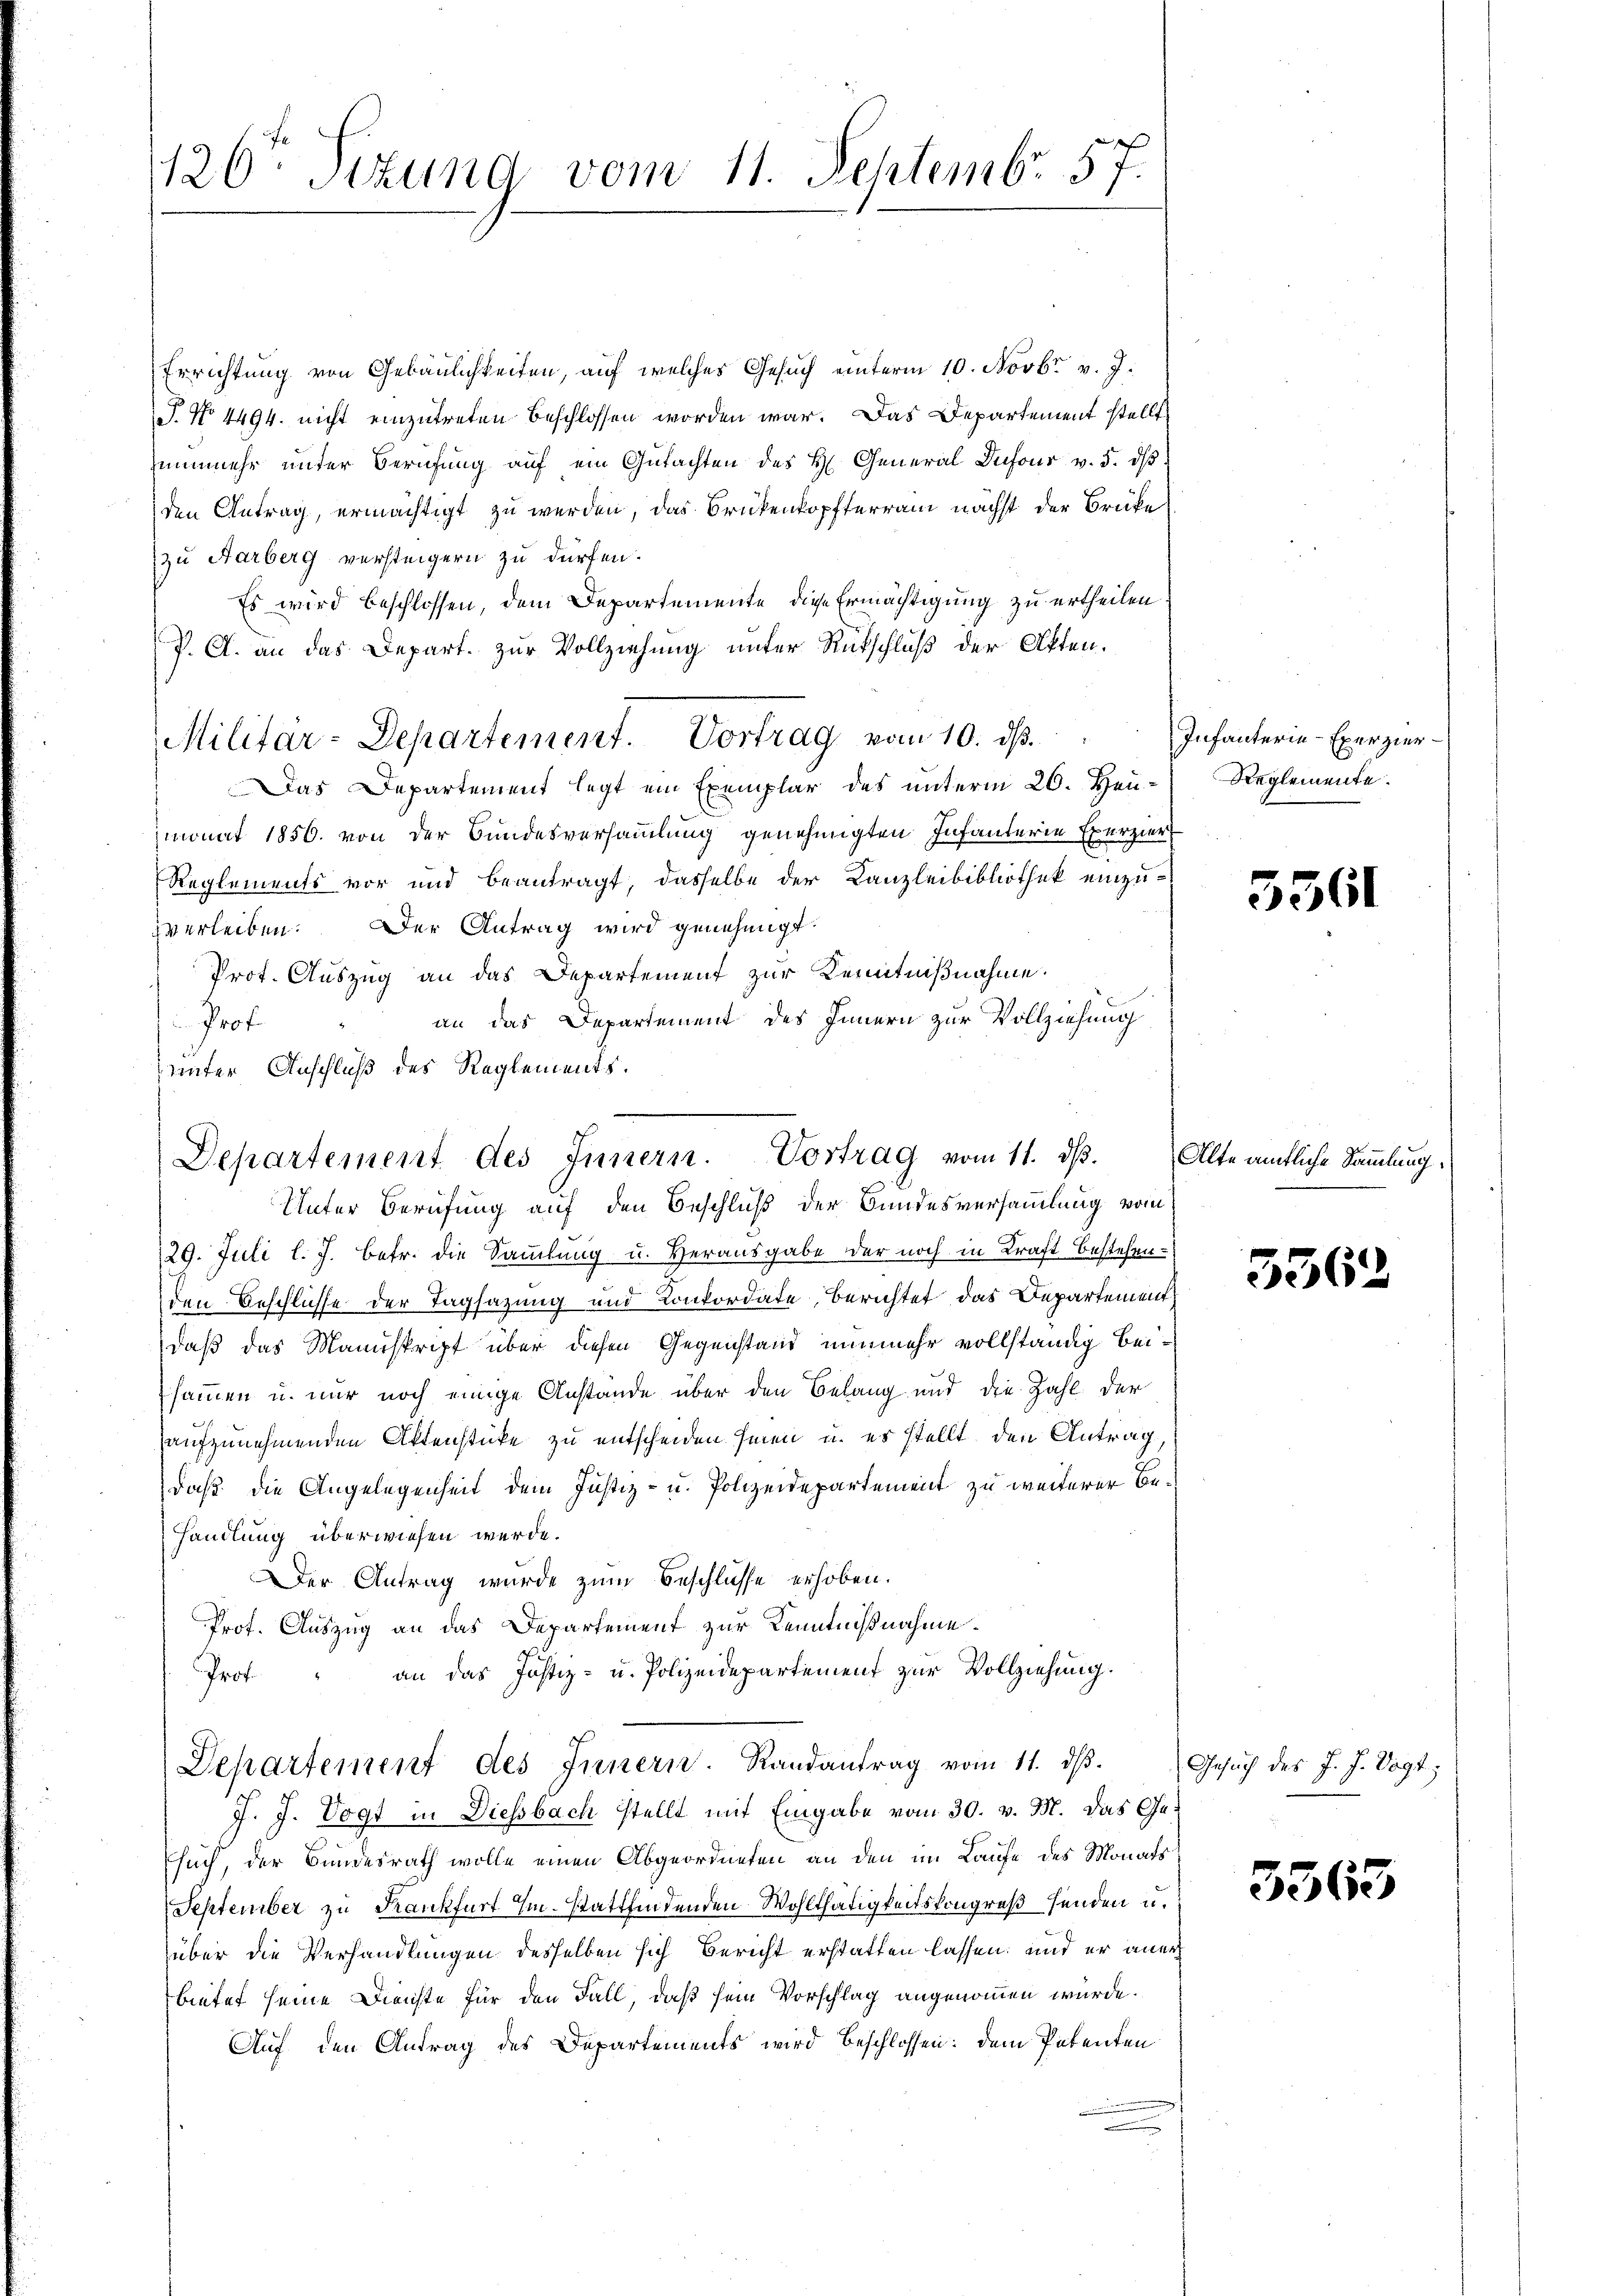
120. Sizung vom 11. Septemb. 57.

Errichtung von Gebäulichkeiten, auf welches Gesuch unterm 10. Novbr. v. J.
J. No. 4494. nicht einzutreten beschlossen worden war. Das Departement stellt
zenmehr unter Berufung aŭf ein Gŭtachten des H. General Dufour v. 5. dβ
den Antrag, ermächtigt zu werden, das Brükenkopfterrain nächst der Brüke
zu Aarberg versteigern zu dürfen.
Es wird beschlossen, dem Departemente, diese Ermächtigung zu ertheilen
P. A. an das Depart. zur Vollziehung unter Rütschluß der Akten.
Militar-Departement. Vortrag vom 10. ds.
Das Departement legt ein Exemplar des unterm 26. Heu-
monat 1856. von der Bundesversammlung genehmigten Infanterie Exerziert
Reglements vor und beantragt dasselbe der Kanzleibibliothek einzu-
zverleiben. Der Antrag wird genehmigt.
Prot. Auszug an das Departement zur Kenntnißnahme.
an das Departement des Innern zur Vollziehung
Prof.
unter Anschluß des Reglements.

Departement des Innern. Vortrag vom 11. dβ.

Unter Berufung auf den Beschluß der Bundesversammlung vom
29. Juli l. J. betr. die Sammlung u. Herausgabe der noch in Kraft bestehenden Beschlüsse der Tagsazung und Konkordate, berichtet das Departement
daß das Manuskript über diesen Gegenstand nunmehr vollständig beisammen u. nur noch einige Anstande über den Belang und die Zahl der
aufzunehmenden Aktenstücke zu entscheiden seien u. es stellt, den Antrag
daß die Angelegenheit dem Justiz- u. Polizeidepartement zu weiterer Behandlung überwiesen werde.
Der Antrag wurde zum Beschlusse erhoben.
Prof. Auszug an das Departement zur Kenntnißnahme
an das Justiz- u. Polizeidepartement zur Vollziehung.
Prof.
Departement des Innern. Randantrag vom 11. dβ.
J. J. Vogt in Diessbach stellt mit Eingabe vom 30. v. M. das Gesuch, der Bundesrath wolle einen Abgeordneten an den im Laufe des Monats
September zu Krankfurt im stattfindenden Wohlthätigkeitskongreß senden u.
über die Verhandlungen desselben sich Bericht erstatten lassen; und er aner
bietet seine Dienste für den Fall, daß sein Vorschlag angenommen wurde.
Auf den Antrag des Departements wird beschlossen: dem Petenten

Infanterie-Exerzier
Reglemente.

5561

Alte amtliche Sammlung.

5362

Gesuch des J. J. Vogt;

3563